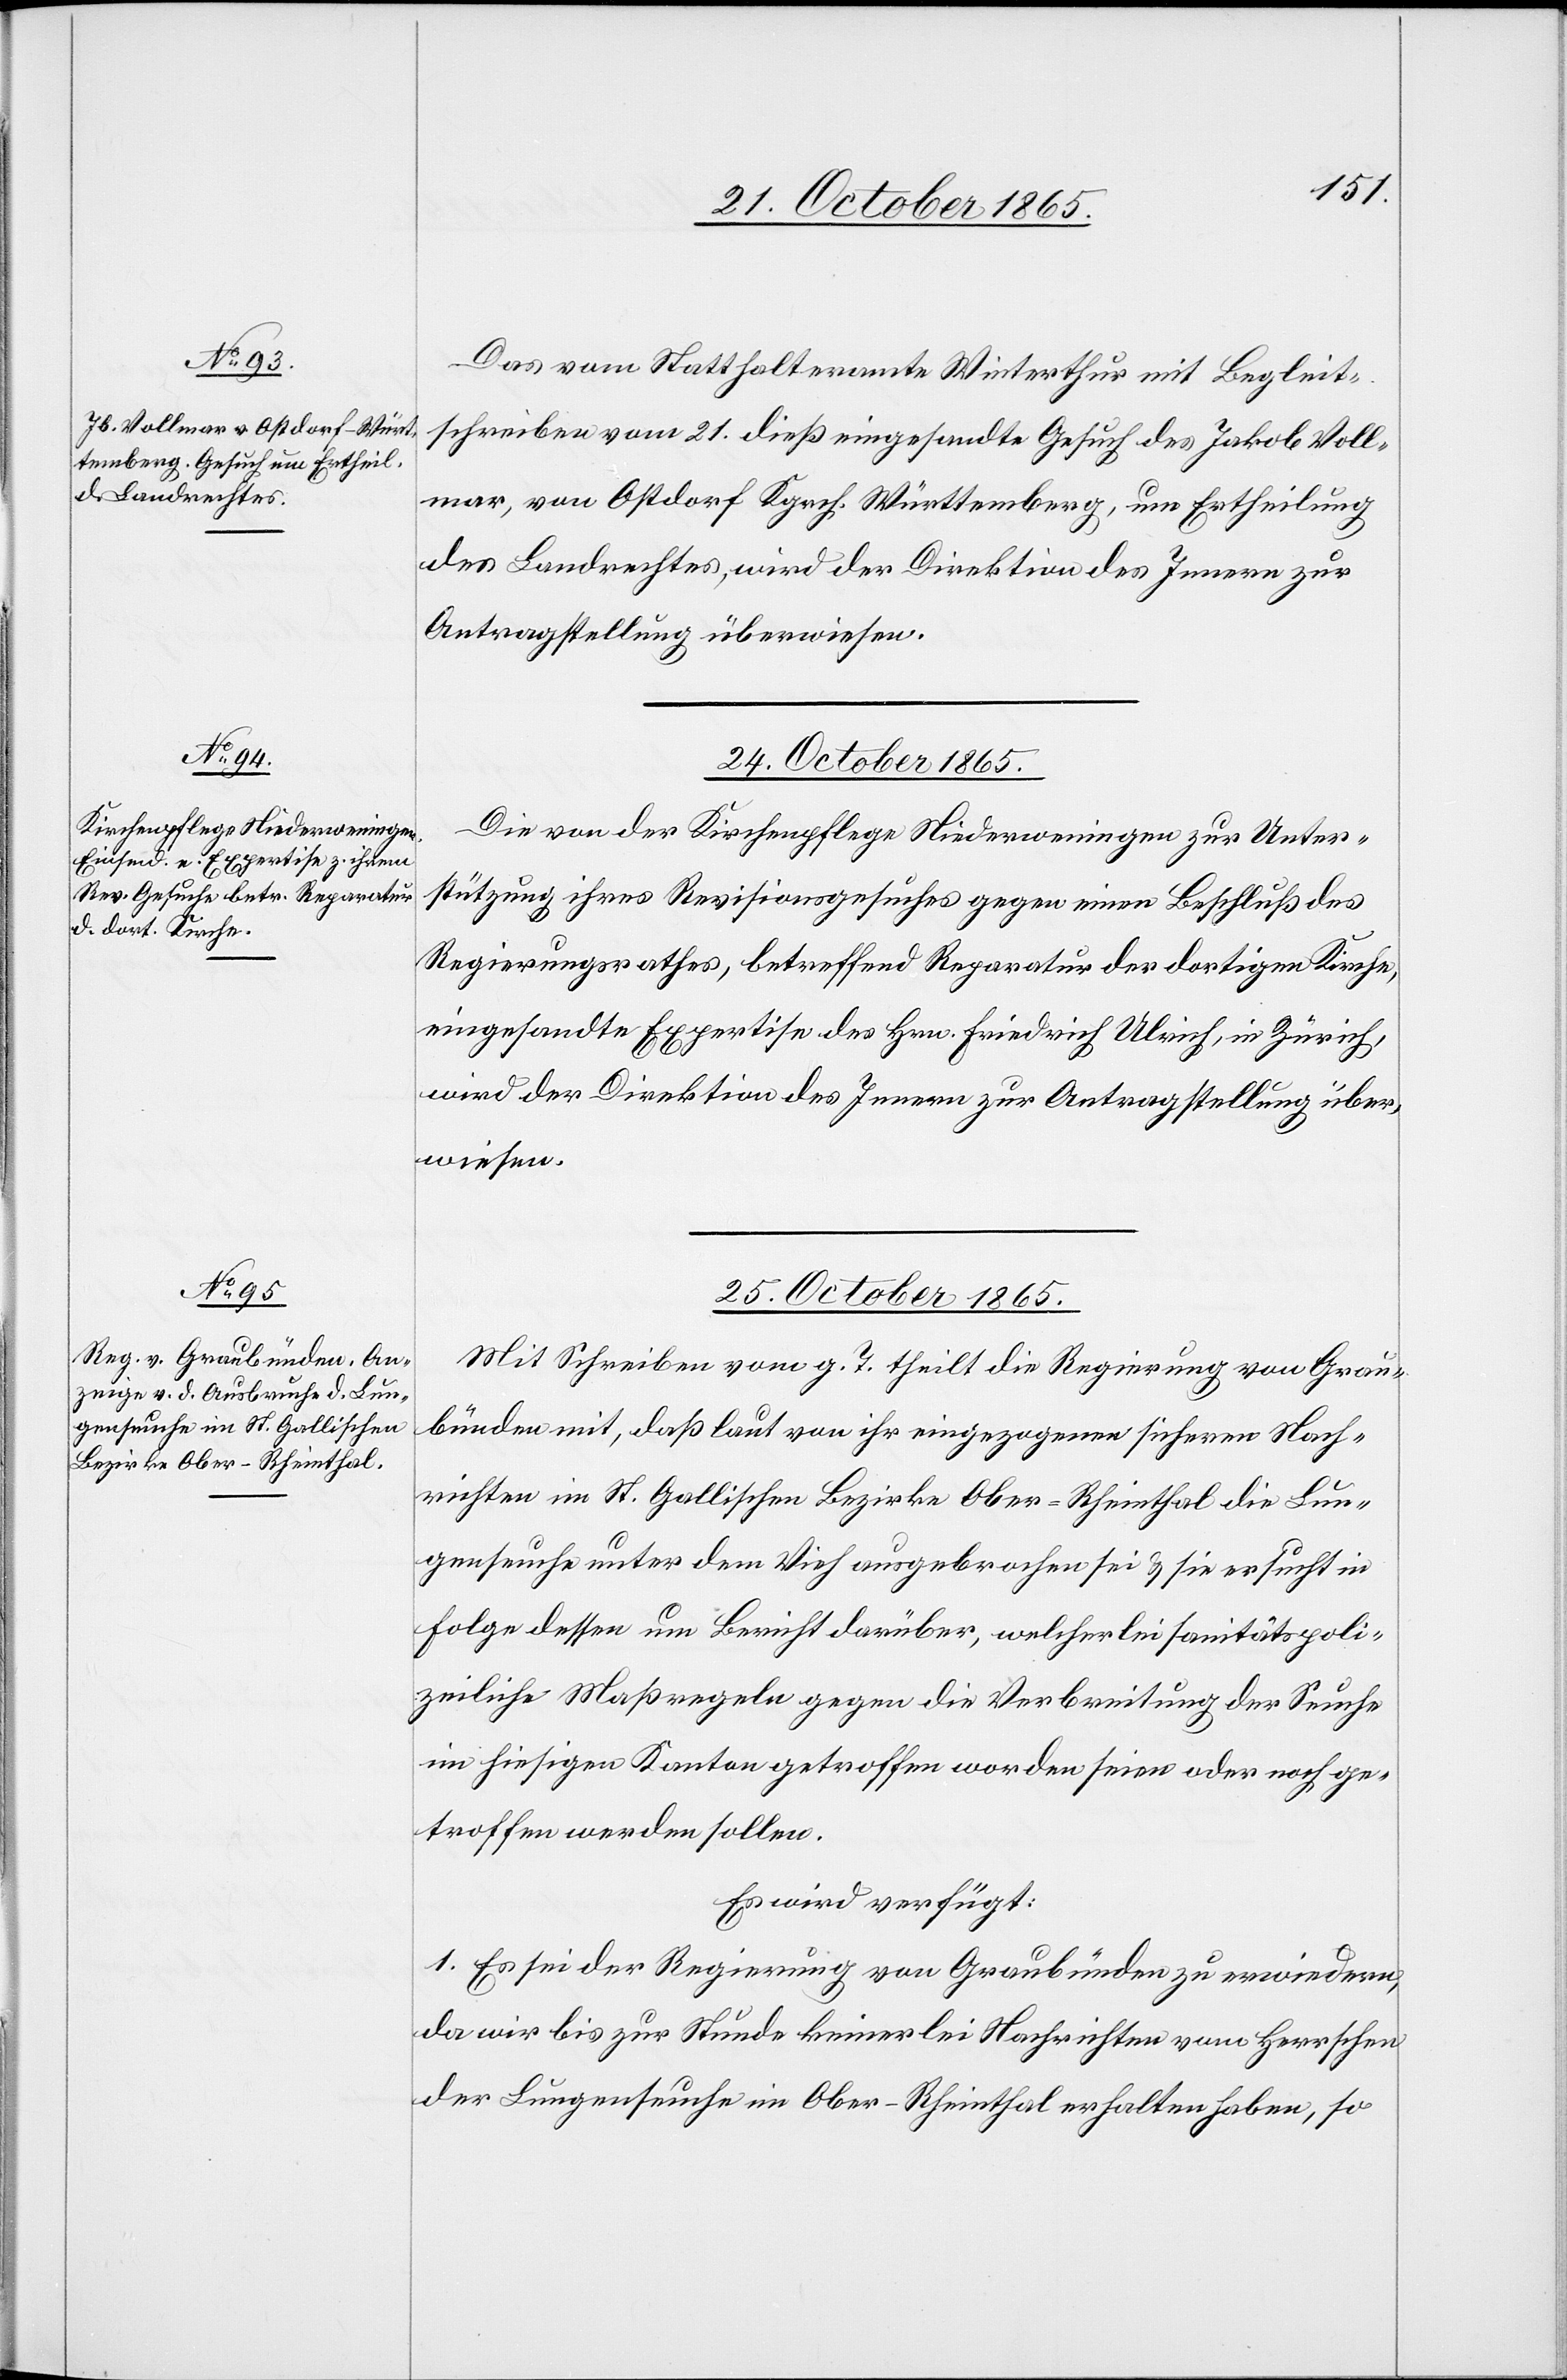
Das vom Statthalteramte Winterthur mit Begleit¬
schreiben vom 21. dieß eingesandte Gesuch des Jakob Voll¬
mar, von Ostdorf Kgrch. Württemberg, um Ertheilung
des Landrechtes, wird der Direktion des Innern zur
Antragstellung überwiesen.
24. October 1865.
Die von der Kirchenpflege Niederweningen zur Unter¬
stützung ihres Revisionsgesuches gegen einen Beschluß des
Regierungsrathes, betreffend Reparatur der dortigen Kirche,
eingesandte Expertise des Hrn. Friedrich Ulrich, in Zürich,
wird der Direktion des Innern zur Antragstellung über¬
wiesen.
25. October 1865.
Mit Schreiben vom g. T. theilt die Regierung von Grau¬
bünden mit, daß laut von ihr eingezogenen sicheren Nach¬
richten im St. Gallischen Bezirke Ober-Rheinthal die Lun¬
genseuche unter dem Vieh ausgebrochen sei & sie ersuche in
Folge dessen um Bericht darüber, welcherlei sanitätspoli¬
zeiliche Maßregeln gegen die Verbreitung der Seuche
im hiesigen Kanton getroffen worden seien oder noch ge¬
troffen werden sollen.
Es wird verfügt:
1. Es sei der Regierung von Graubünden zu erwiedern,
da wir bis zur Stunde keinerlei Nachrichten vom Herrschen
der Lungenseuche im Ober-Rheinthal erhalten haben, so